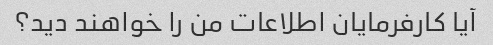
آیا کارفرمایان اطلاعات من را خواهند دید؟